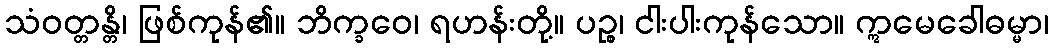
သံဝတ္တန္တိ၊ ဖြစ်ကုန်၏။ ဘိက္ခဝေ၊ ရဟန်းတို့။ ပဉ္စ၊ ငါးပါးကုန်သော။ ဣမေခေါဓမ္မာ၊